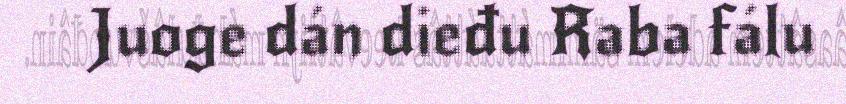
Juoge dán dieđu Raba fálu